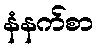
နံနက်စာ